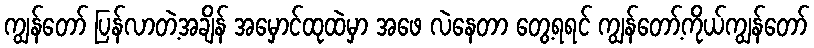
ကျွန်တော် ပြန်လာတဲ့အချိန် အမှောင်ထုထဲမှာ အဖေ လဲနေတာ တွေ့ရရင် ကျွန်တော့်ကိုယ်ကျွန်တော်